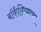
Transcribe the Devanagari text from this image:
बर्किलियमाचा